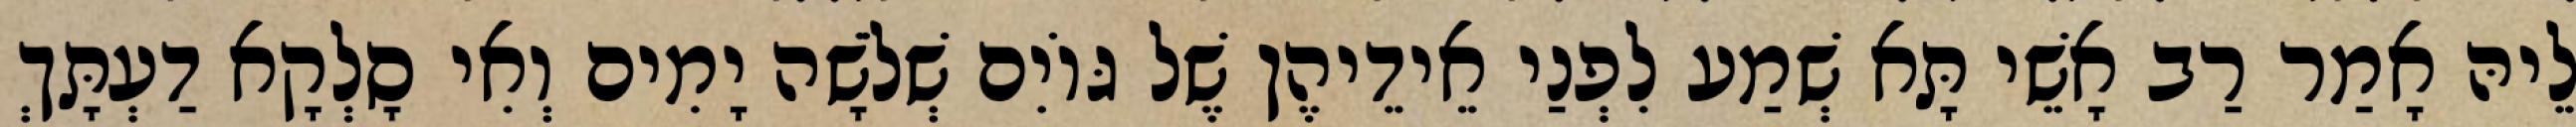
לֵיהּ אָמַר רַב אָשֵׁי תָּא שְׁמַע לִפְנַי אֵידֵיהֶן שֶׁל גּוֹיִם שְׁלֹשָׁה יָמִים וְאִי סָלְקָא דַעְתָּךְ